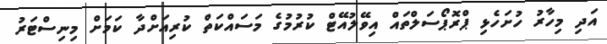
އަދި މިހާރު ހުށަހެޅި ޕްރޮޕޯސަލްތައް އިވޭލުއޭޓް ކުރުމުގެ މަސައްކަތް ކުރިއަށްދާ ކަމަށް މިނިސްޓަރު